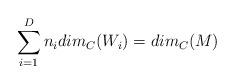
LaTeX: \begin{align*}\sum_{i=1}^{D}n_i dim_{C}(W_i) = dim_{C}(M)\end{align*}